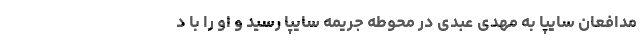
مدافعان سایپا به مهدی عبدی در محوطه جریمه سایپا رسید و او را با د